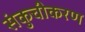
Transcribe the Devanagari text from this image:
संकुचीकरण